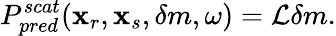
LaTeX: P_{pred}^{scat}(\textbf{x}_{r},\textbf{x}_{s},\delta m,\omega)=\mathcal{L}\delta m.